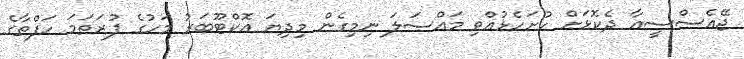
ޖޭއެސްސީއާ ދެކޮޅަށް ހުށަހެޅުއްވި މައްސަލަ ނިމިގެން މިދިޔަ އޮކްޓޫބަރު މަހުގެ ފުރަތަމަ ހަފްތާގެ